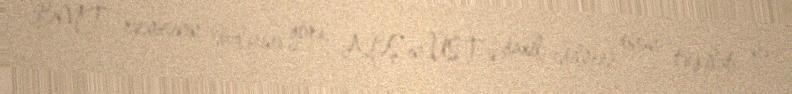
BMT rəsmisinin sözlərinə görə, ABŞ-ın ÜST-ə daxil edilməsi onun təşkilatı nə